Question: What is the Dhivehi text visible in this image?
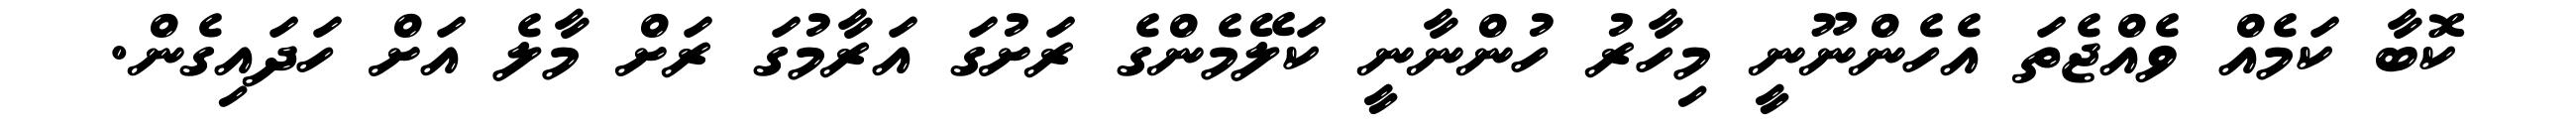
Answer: ކޮބާ ކަމެއް ވެއްޖެތަ އެހެންނޫނީ މިހާރު ހުންނާނީ ކަލޭމެންގެ ރަށުގަ އަރާމުގަ ރަށް މާލެ އަށް ހަދައިގެން.